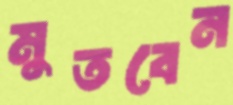
মুতবেন